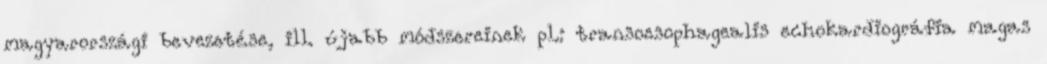
magyarországi bevezetése, ill. újabb módszereinek pl.: transoesophagealis echokardiográfia magas